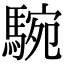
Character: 𩣵